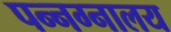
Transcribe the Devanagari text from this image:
पन्नग्नालय